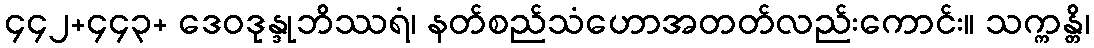
၄၄၂+၄၄၃+ ဒေဝဒုန္ဒုဘိဿရံ၊ နတ်စည်သံဟောအတတ်လည်းကောင်း။ သက္ကန္တိ၊